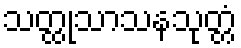
သတ္ထုသာသနသုတ္တံ